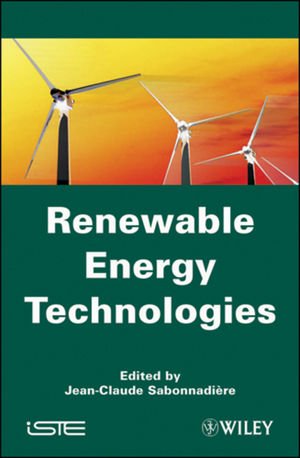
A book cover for Renewable Energy Technologies (ISTE); Jean-Claude SabonnadiÃ¨re; Engineering & Transportation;